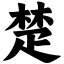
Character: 楚